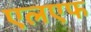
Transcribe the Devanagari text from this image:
एलएफ